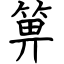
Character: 箅